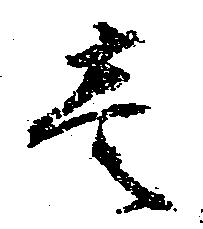
壱